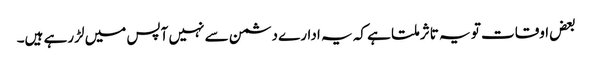
بعض اوقات تو یہ تاثر ملتا ہے کہ یہ ادارے دشمن سے نہیں آپس میں لڑرہے ہیں۔